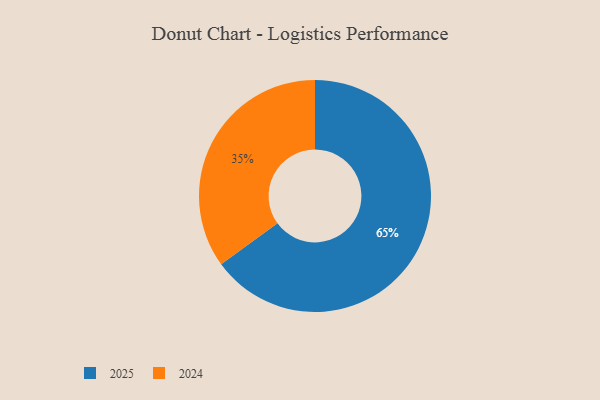
{"axis": {"x": "Category", "y": "Percentage"}, "legend": ["2024", "2025"], "data": [{"x": "2024", "y": 35, "type": "2024"}, {"x": "2025", "y": 65, "type": "2025"}]}